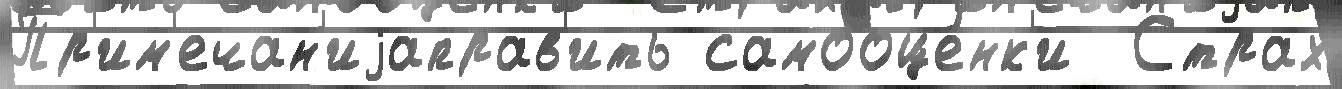
Пр'им'ечан'иjаправ'ить самооце́нк'и  Страх